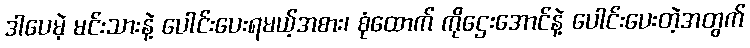
ဒါပေမဲ့ မင်းသားနဲ့ ပေါင်းပေးရမယ့်အစား၊ စုံထောက် ကိုဌေးအောင်နဲ့ ပေါင်းပေးတဲ့အတွက်